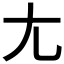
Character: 尢